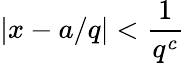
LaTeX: |x-a/q|<{\frac{1}{q^{c}}}